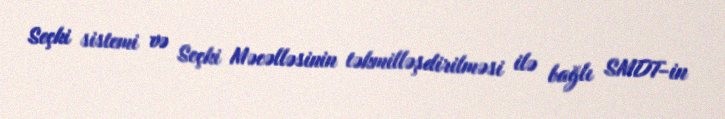
Seçki sistemi və Seçki Məcəlləsinin təkmilləşdirilməsi ilə bağlı SMDT-in